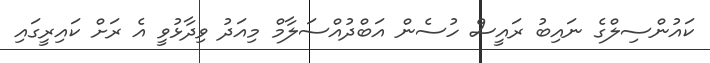
ކައުންސިލްގެ ނައިބު ރައީސް ހުސެން އަބްދުއްސަލާމް މިއަދު ވިދާޅުވީ އެ ރަށް ކައިރީގައި